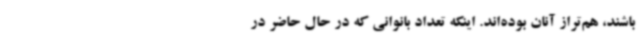
باشند، هم‌تراز آنان بوده‌اند. اینکه تعداد بانوانی که در حال حاضر در